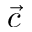
\vec { c }